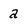
Character: a